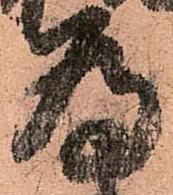
為